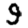
Digit: 9